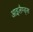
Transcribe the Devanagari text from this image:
आइलैण्ड्स